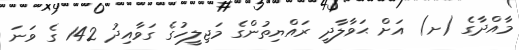
މާއްދާގެ (ށ) އަށް ޙަވާލާދީ ރައްޔިތުންގެ މަޖިލީހުގެ ގަވާއިދު 142 ގެ ވަނަ